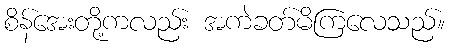
စိန်အေးတို့ကလည်း အကဲခတ်မိကြလေသည်။